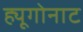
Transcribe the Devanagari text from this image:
ह्यूगोनाट